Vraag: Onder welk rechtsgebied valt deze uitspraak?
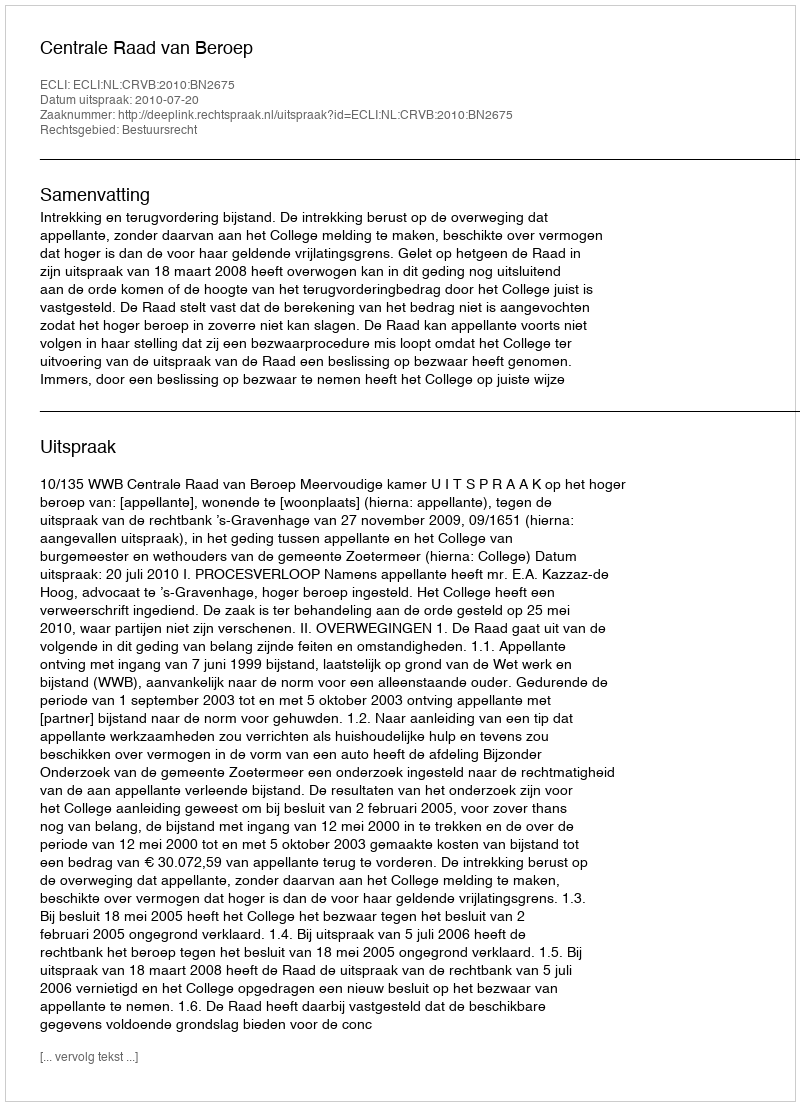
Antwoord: Bestuursrecht